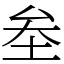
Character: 𡊄